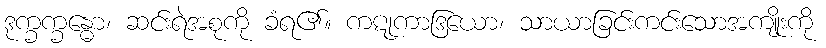
ဒုက္ခက္ခန္ဓော၊ ဆင်းရဲအစုကို ခံရ၏။ ကဋုကာဒြယော၊ သာယာခြင်းကင်းသောအကျိုးကို